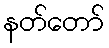
နတ်တော်